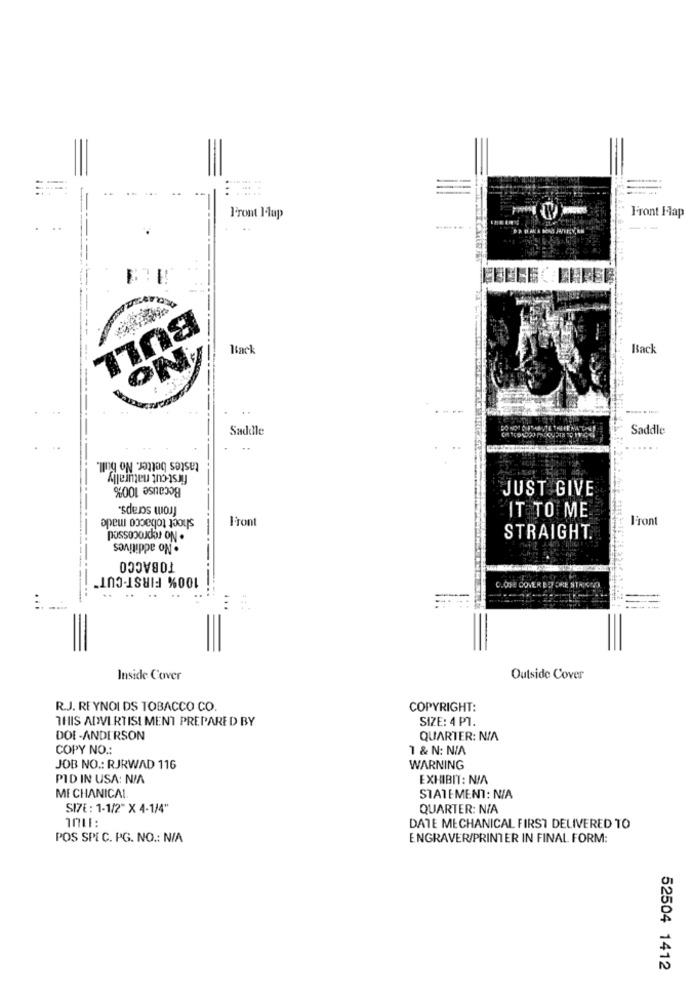
Front Hap
Front Ilup
---
BULL
Back
Back
ON
Saddle
Saddle
tastes better. No bull.
first cut naturally
Because 100%
JUST GIVE
from scraps.
shoct tobacco made
Front
IT TO ME
Front
possonoJON.
. No additives
STRAIGHT.
TOBACCO
100% FIRST-CUT"
C.OSE COVER ED ORE STRICCO
..
Inside Cover
Outside Cover
R.J. REYNOLDS TOBACCO CO
COPYRIGHT:
THIS ADVERTISEMENT PREPARED BY
SIZE: 4 PT.
DOE-ANDERSON
QUARTER: N/A
COPY NO .:
1 & N: N/A
JOB NO .: RJRWAD 116
WARNING
PID IN USA: N/A
EXHIBIT: N/A
MECHANICAL
STATEMENT: N/A
SIZE : 1-1/2" X 4-1/4"
QUARTER: N/A
1011:
DATE MECHANICAL FIRST DELIVERED TO
POS SPEC. PG. NO .: N/A
ENGRAVER/PRINTER IN FINAL FORM:
52504 1412